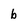
Character: b